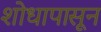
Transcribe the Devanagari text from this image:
शोधापासून